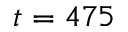
t = 4 7 5